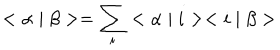
< \alpha \mid \beta > = \sum _ { i } ^ { } < \alpha \mid i > < i \mid \beta >